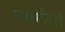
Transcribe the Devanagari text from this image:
लायकै।।